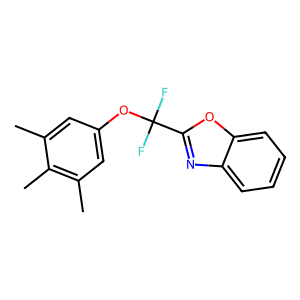
SMILES: Cc1cc(OC(F)(F)c2nc3ccccc3o2)cc(C)c1C
Inhibits HIV replication: Yes